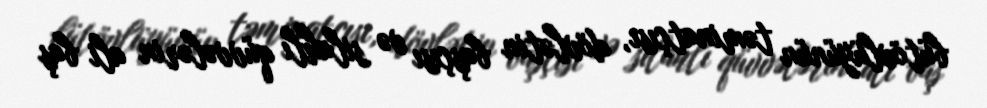
bütövlüyünün təminatçısı, dövlətin başçısı və silahlı qüvvələrin ali baş